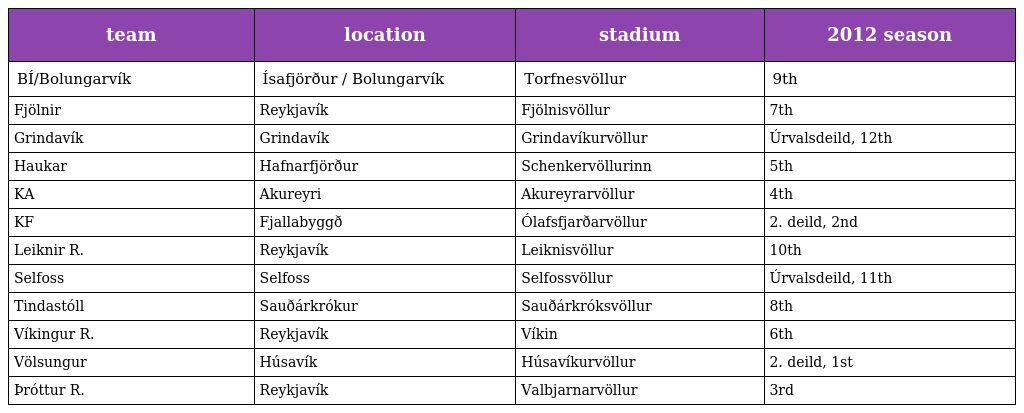
| team | location | stadium | 2012 season |
 | --- | --- | --- | --- |
 | BÍ/Bolungarvík | Ísafjörður / Bolungarvík | Torfnesvöllur | 9th |
 | Fjölnir | Reykjavík | Fjölnisvöllur | 7th |
 | Grindavík | Grindavík | Grindavíkurvöllur | Úrvalsdeild, 12th |
 | Haukar | Hafnarfjörður | Schenkervöllurinn | 5th |
 | KA | Akureyri | Akureyrarvöllur | 4th |
 | KF | Fjallabyggð | Ólafsfjarðarvöllur | 2. deild, 2nd |
 | Leiknir R. | Reykjavík | Leiknisvöllur | 10th |
 | Selfoss | Selfoss | Selfossvöllur | Úrvalsdeild, 11th |
 | Tindastóll | Sauðárkrókur | Sauðárkróksvöllur | 8th |
 | Víkingur R. | Reykjavík | Víkin | 6th |
 | Völsungur | Húsavík | Húsavíkurvöllur | 2. deild, 1st |
 | Þróttur R. | Reykjavík | Valbjarnarvöllur | 3rd |